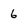
Character: 6